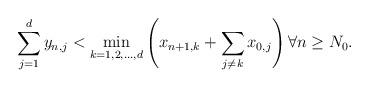
LaTeX: \begin{align*} \sum_{j=1}^d y_{n,j} < \min_{k=1,2,\ldots,d}\left(x_{n+1,k} + \sum_{j\neq k}x_{0,j} \right) \forall n \geq N_0.\end{align*}